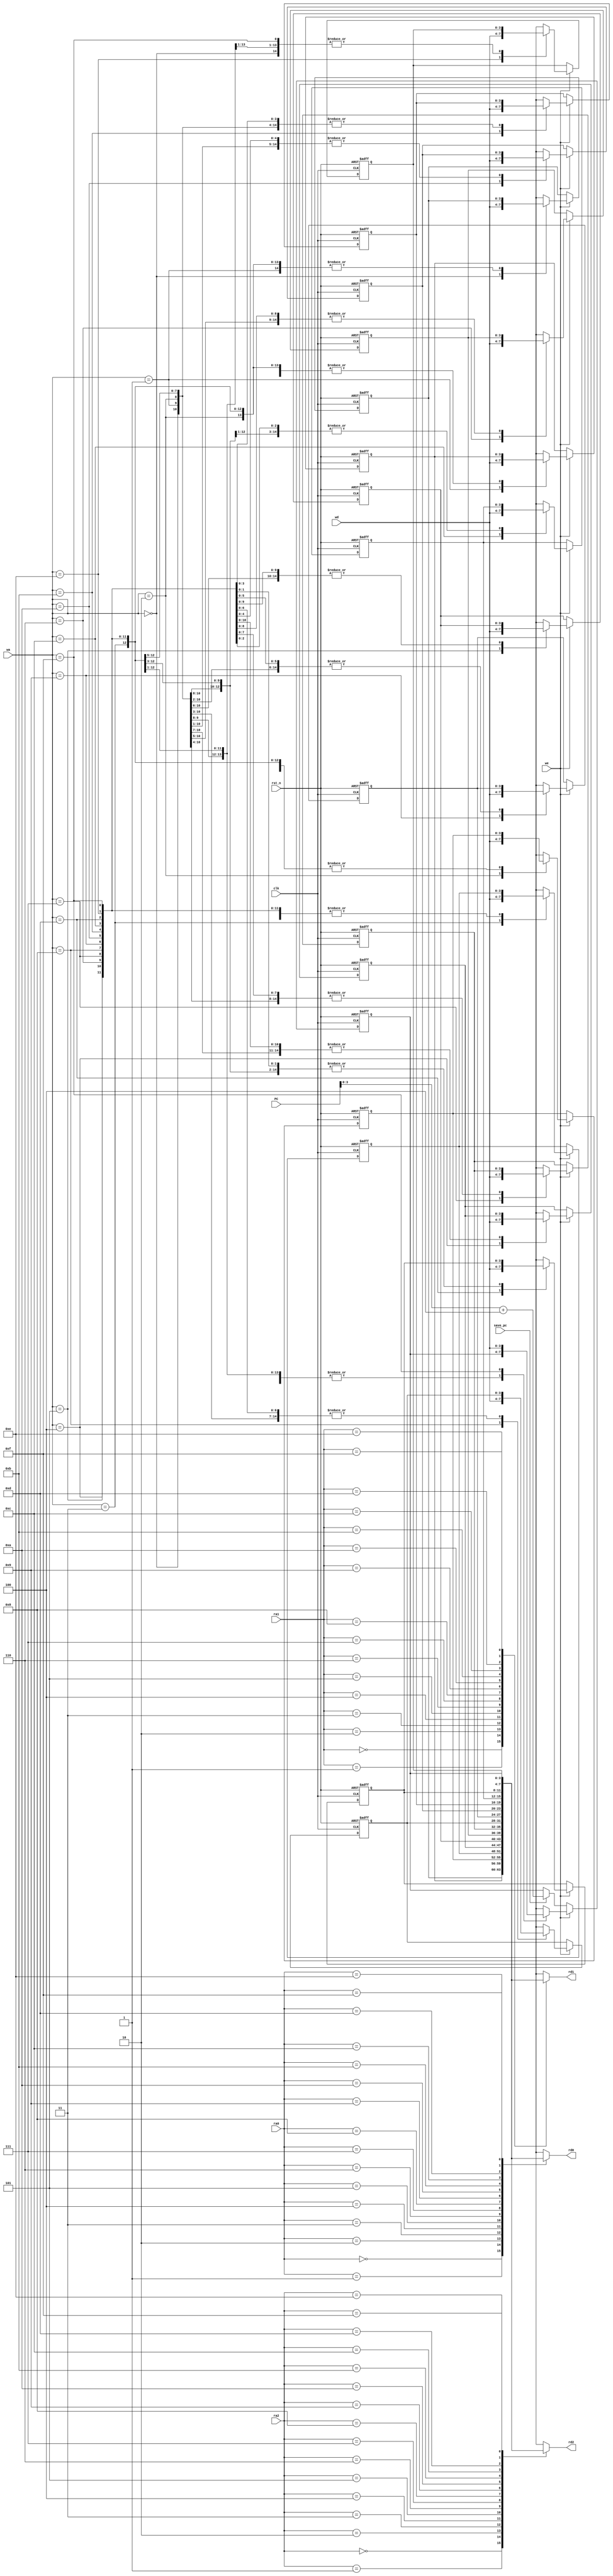
module Register_File #(parameter M = 3,parameter N = 3)
(
    input [M:0] ra0,
    input [M:0] ra1,
    input [M:0] ra2,
    input [M:0] wa,
    input [N:0] wd,
    input [31:0] PC,
    input save_pc,
    input we,
    input rst_n,
    input clk,
    output [N:0] rd0,
    output [N:0] rd1,
    output [N:0] rd2
);

    integer i;
    reg [N:0] mem [0:(1<<(M+1))-1];

    always @(posedge clk or negedge rst_n) begin
        if(~rst_n)
        begin
            for (i = 0;i < 1<<(M+1);i = i + 1) begin
                mem[i]=0;
            end
        end
        else if(we)
        begin
            mem[wa]=wd;
        end
        else if(save_pc)
        begin
            mem[((1<<(M+1))-1)]=PC+4;
        end
    end

    assign rd0=mem[ra0];
    assign rd1=mem[ra1];
    assign rd2=mem[ra2];

endmodule // register_file